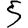
Digit: 5